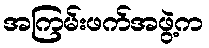
အကြမ်းဖက်အဖွဲ့က